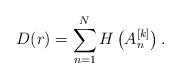
LaTeX: \begin{align*}D(r)=\sum_{n=1}^N H\left(A_n^{[k]}\right). \end{align*}